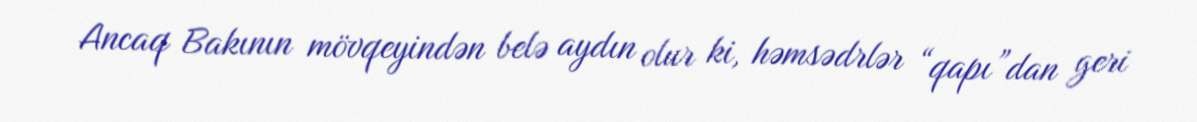
Ancaq Bakının mövqeyindən belə aydın olur ki, həmsədrlər “qapı”dan geri